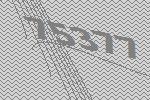
75377